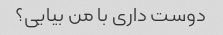
دوست داری با من بیایی؟